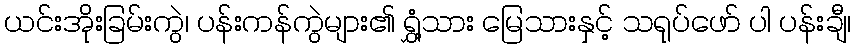
ယင်းအိုးခြမ်းကွဲ၊ ပန်းကန်ကွဲများ၏ ရွှံ့သား မြေသားနှင့် သရုပ်ဖော် ပါ ပန်းချီ၊